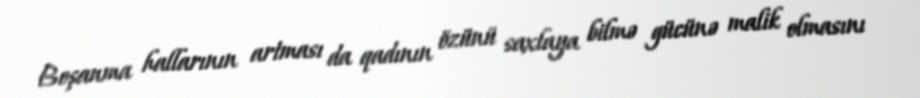
Boşanma hallarının artması da qadının özünü saxlaya bilmə gücünə malik olmasını